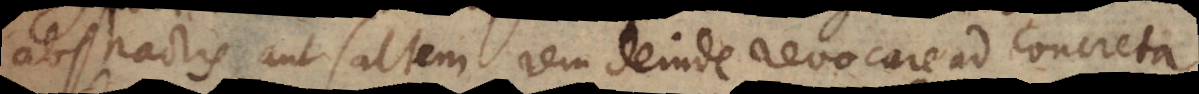
abstractis, aut saltem rem deinde revocare ad concreta.